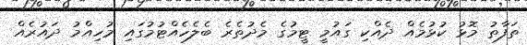
ތަފާތު މޮޅު ކުޅުމެއް ދެއްކި ގައުމީ ޓީމުގެ މެދުތެރެ ބެލެހެއްޓުމުގައި މުހިއްމު ދައުރެއް